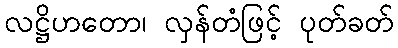
လဋ္ဌိဟတော၊ လှန်တံဖြင့် ပုတ်ခတ်